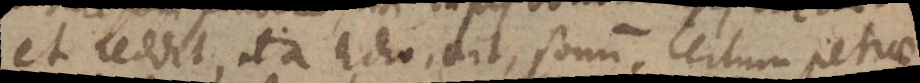
et reddit, ita Echo, ait, sonum, certum petrae